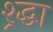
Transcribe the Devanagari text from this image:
श्र्द्धा